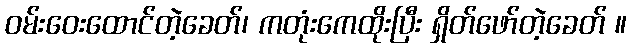
ဝမ်းဝေးထောင်တဲ့ခေတ်၊ ကတုံးကေထိုးပြီး ရှိတ်ဖော်တဲ့ခေတ် ။